Scottish Leaving Certificate Examination, 1955
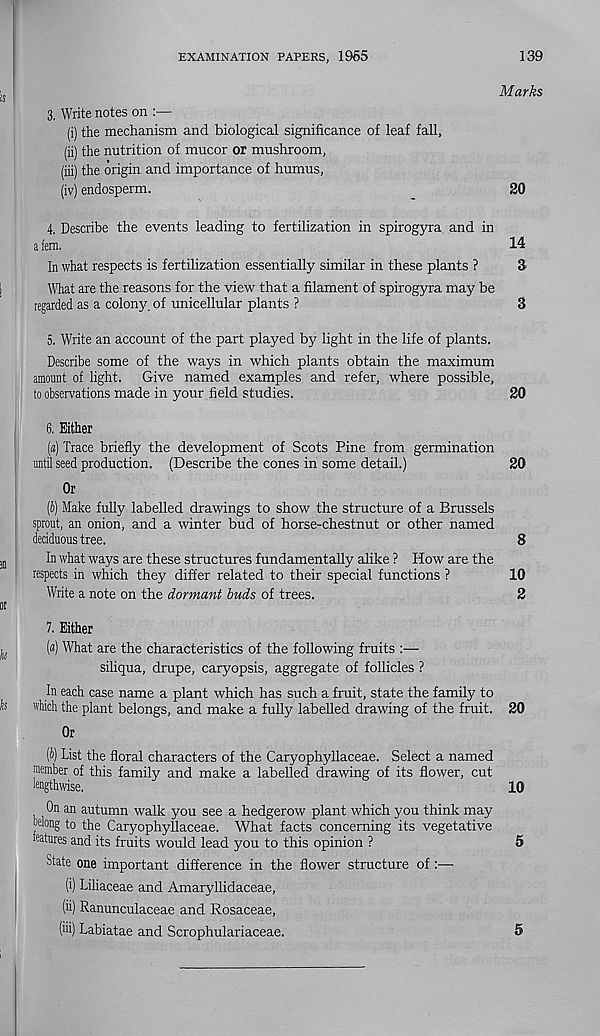
EXAMINATION PAPERS, 1965
139
Marks
3. Write notes on :—
(i) the mechanism and biological significance of leaf fall,
(ii) the nutrition of mucor or mushroom,
(iii) the origin and importance of humus,
(iv) endosperm.
20
4. Describe the events leading to fertilization in spirogyra and in
a fern.
14
In what respects is fertilization essentially similar in these plants ?
&
What are the reasons for the view that a filament of spirogyra may be
regarded as a colony, of unicellular plants ?
3
5. Write an account of the part played by light in the life of plants.
Describe some of the ways in which plants obtain the maximum
amount of light. Give named examples and refer, where possible,
to observations made in your field studies.
20
6. Either
(«) Trace briefly the development of Scots Pine from germination
until seed production. (Describe the cones in some detail.)
20
Or
(i) Make fully labelled drawings to show the structure of a Brussels
sprout, an onion, and a winter bud of horse-chestnut or other named
dedduous tree.
8
In what ways are these structures fundamentally alike ? How are the
respects in which they differ related to their special functions ?
10
Write a note on the dormant buds of trees.
2
7. Either
(«) What are the characteristics of the following fruits :—
siliqua, drupe, caryopsis, aggregate of follicles ?
In each case name a plant which has such a fruit, state the family to
which the plant belongs, and make a fully labelled drawing of the fruit. 20
Or
(5) List the floral characters of the Caryophyllaceae. Select a named
member of this family and make a labelled drawing of its flower, cut
lengthwise.
10
On an autumn walk you see a hedgerow plant which you think may
belong to the Caryophyllaceae. What facts concerning its vegetative
features and its fruits would lead you to this opinion ?
5
State one important difference in the flower structure of:—
(i) Liliaceae and Amaryllidaceae,
(ii) Ranunculaceae and Rosaceae,
(iii) Labiatae and Scrophulariaceae.
5